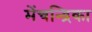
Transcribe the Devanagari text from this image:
मेंचन्द्रिका